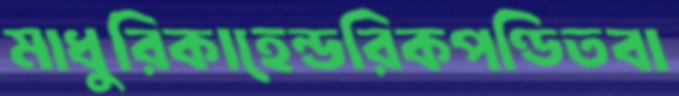
মাধুরিকাহেন্ডরিকপণ্ডিতবা